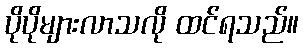
ပိုပိုများလာသလို ထင်ရသည်။